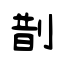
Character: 剒